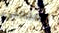
المنحنى